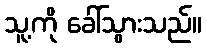
သူ့ကို ခေါ်သွားသည်။